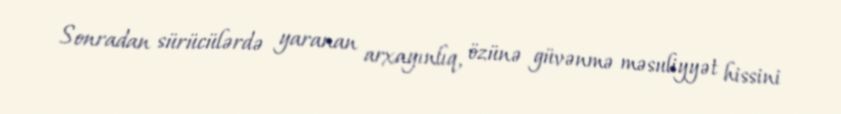
Sonradan sürücülərdə yaranan arxayınlıq, özünə güvənmə məsuliyyət hissini